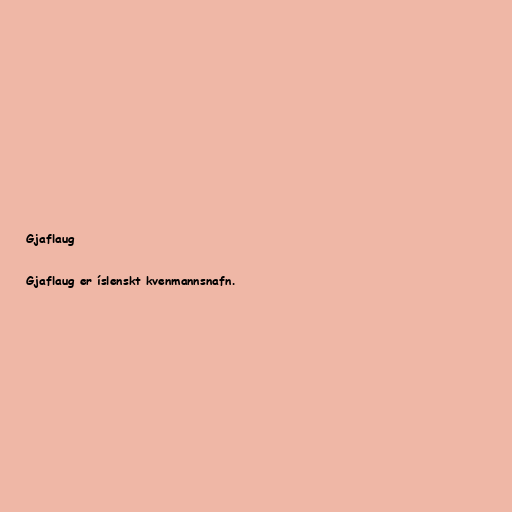
Gjaflaug

Gjaflaug er íslenskt kvenmannsnafn.